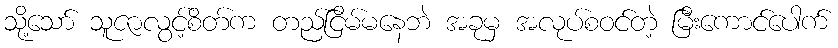
သို့သော် သူဇာလွင့်စိတ်က တည်ငြိမ်မနေဘဲ အခုမှ အလုပ်စဝင်တဲ့ မြီးကောင်ပေါက်